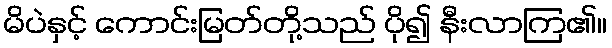
မိပဲနှင့် ကောင်းမြတ်တို့သည် ပို၍ နီးလာကြ၏။